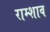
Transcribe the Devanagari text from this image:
राम्शाव